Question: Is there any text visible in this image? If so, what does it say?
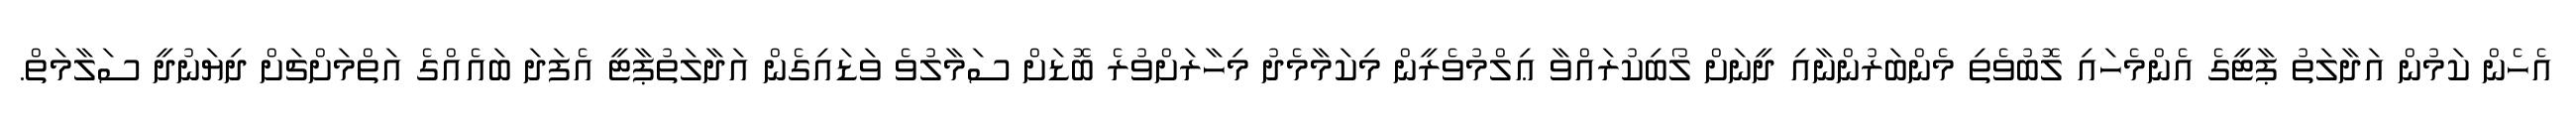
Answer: އެހެން ކަމުން އަދާލަތު ޕާޓީގެ އެންމެހައި ލޮބުވެތި މެންބަރުންނާއި ދީނަށް ލޯބިކުރައްވާ ޢިލްމުވެރީން މިކަމާމެދު މިހާރަށްވުރެ ބޮޑަށް ސަމާލުވެ ވަޑައިގެން އަދާލަތުޕާޓީ އެފަދަ ބައެއްގެ އަތްމަށްޗަށް ދިޔަނުދީ ސަލާމަތް.